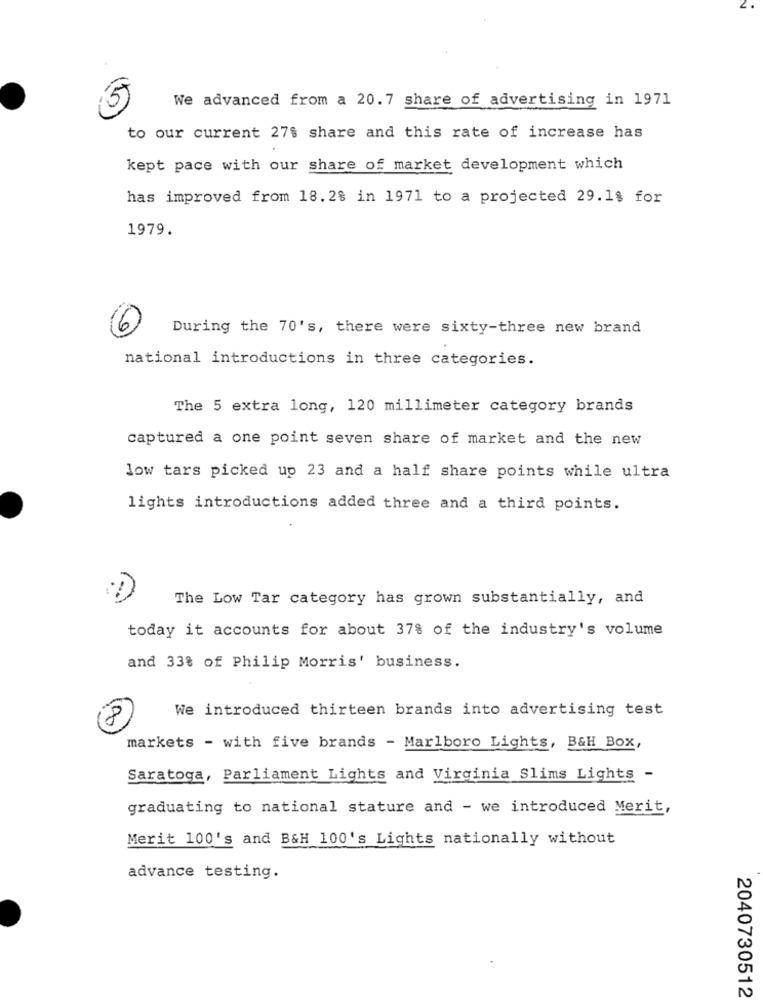
We advanced from a 20.7 share of advertising in 1971
to our current 27% share and this rate of increase has
kept pace with our share of market development which
has improved from 18.2% in 1971 to a projected 29.1% for
1979.
6
During the 70's, there were sixty-three new brand
national introductions in three categories.
The 5 extra long, 120 millimeter category brands
captured a one point seven share of market and the new
low tars picked up 23 and a half share points while ultra
lights introductions added three and a third points.
The Low Tar category has grown substantially, and
today it accounts for about 37% of the industry's volume
and 33% of Philip Morris' business.
We introduced thirteen brands into advertising test
00
markets - with five brands - Marlboro Lights, B&H Box,
Saratoga, Parliament Lights and Virginia Slims Lights -
graduating to national stature and - we introduced Merit,
Merit 100's and B&H 100's Lights nationally without
advance testing.
2040730512